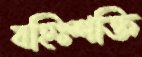
বহিঃশক্তি